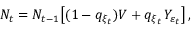
N _ { t } = N _ { t - 1 } \big [ ( 1 - q _ { \xi _ { t } } ) V + q _ { \xi _ { t } } \, Y _ { \varepsilon _ { t } } \big ] \, ,